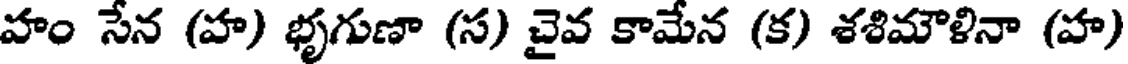
హం సేన (హ) భృగుణా (స) చైవ కామేన (క) శశిమౌళినా (హ)